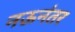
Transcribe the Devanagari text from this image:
नऊनंतर